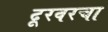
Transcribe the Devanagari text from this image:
दूरवरचा